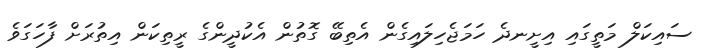
ސައިކަލް މަތީގައި އިށީނދެ ހަމަޖެހިލައިގެން އެތިބޭ ގޮތުން އެކުދީންގެ ރީތިކަން އިތުރަށް ފާހަގަވެ